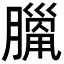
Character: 𦠼